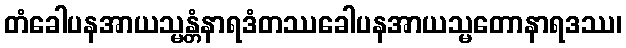
တံခေါပနအာယသ္မန္တံနာရဒံတဿခေါပနအာယသ္မတောနာရဒဿ၊